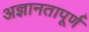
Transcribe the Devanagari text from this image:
अज्ञानतापूर्ण